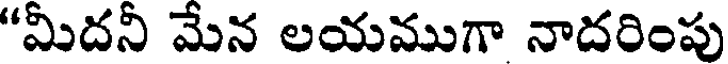
"మీదనీ మేన లయముగా నాదరింపు